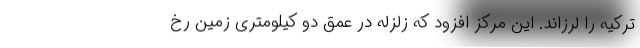
ترکیه را لرزاند. این مرکز افزود که زلزله در عمق دو کیلومتری زمین رخ